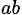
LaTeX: _{ab}